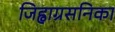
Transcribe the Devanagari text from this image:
जिह्वाग्रसनिका